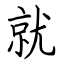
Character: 就